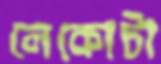
লেকোটা